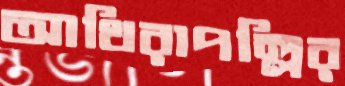
আথিরাপল্লির